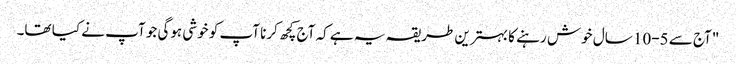
"آج سے 5-10 سال خوش رہنے کا بہترین طریقہ یہ ہے کہ آج کچھ کرنا آپ کو خوشی ہوگی جو آپ نے کیا تھا۔